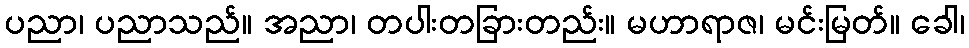
ပညာ၊ ပညာသည်။ အညာ၊ တပါးတခြားတည်း။ မဟာရာဇ၊ မင်းမြတ်။ ခေါ၊